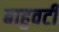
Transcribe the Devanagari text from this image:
बाहुवटीं